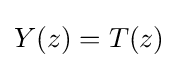
Y(z)=T(z)